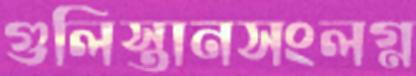
গুলিস্তানসংলগ্ন